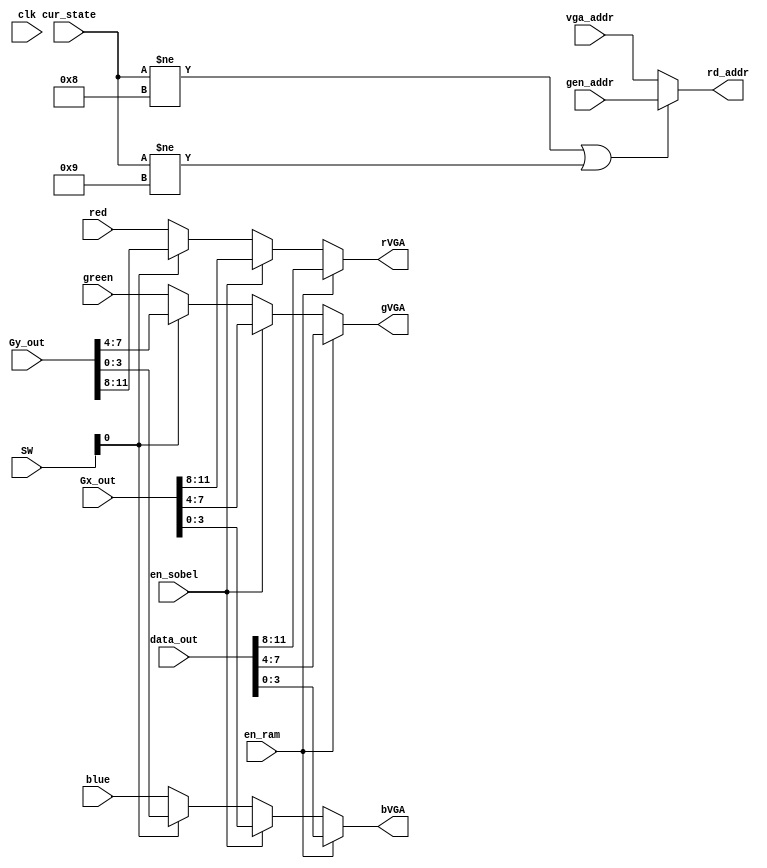

module displaySelector(clk, SW, en_ram, en_sobel, 
gen_addr, vga_addr, data_out, Gx_out, Gy_out, cur_state, red, green, blue, rVGA, bVGA, gVGA, rd_addr);

input clk;

input [2:0] SW;

input en_ram;
input en_sobel; //new

input [9:0] gen_addr;
input [9:0] vga_addr;
input [11:0] data_out; //data stored in RAM
input [11:0] Gx_out;
input [11:0] Gy_out;
input [5:0] cur_state;

input [3:0] red, blue, green;
output reg [3:0] rVGA, bVGA, gVGA;
output reg [9:0] rd_addr;

//This module allows us to designate which output stream from the RAMs to feed to VGA display
always @(*) begin
	// I ended up not using this approach to multiplex between the address to read/write from and the addressess necessary to display to the screen
	//since it caused issues with the ROM table being lost.
	if(cur_state != 6'b001000 | cur_state != 6'b001001) begin //if we are not done, then rd_addr = gen_addr, always
		rd_addr = gen_addr;
	end
	else begin
		rd_addr = vga_addr;
	end
					
	if(en_ram == 1'b1) begin		//if we read from ram, use output of RAM to display to VGA
		bVGA =   data_out[3:0];
		gVGA =  	data_out[7:4];
		rVGA = 	data_out[11:8]; 
	end
	else if( en_sobel == 1'b1) begin //if we are done and want to see what the output of the operator is, we can use display from RAM2
		bVGA =   Gx_out[3:0];
		gVGA =  	Gx_out[7:4];
		rVGA = 	Gx_out[11:8]; 
	end
	else if( SW[0] == 1'b1) begin
		bVGA =   Gy_out[3:0];
		gVGA =  	Gy_out[7:4];
		rVGA = 	Gy_out[11:8]; 
	end else begin
		bVGA =   blue;
		gVGA = 	green;
		rVGA = 	red;
	end
end
endmodule